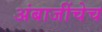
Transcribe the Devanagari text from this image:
अंबाजींचेच